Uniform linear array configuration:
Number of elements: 4
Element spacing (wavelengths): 0.5
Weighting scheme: binomial
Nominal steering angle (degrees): -45
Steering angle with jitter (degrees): -44.424
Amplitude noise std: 0.05
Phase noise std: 0.05

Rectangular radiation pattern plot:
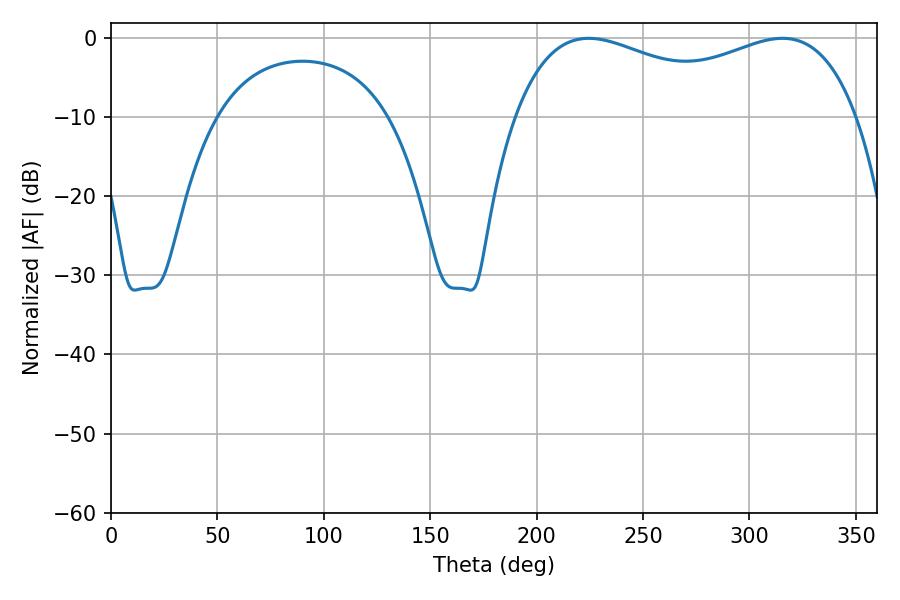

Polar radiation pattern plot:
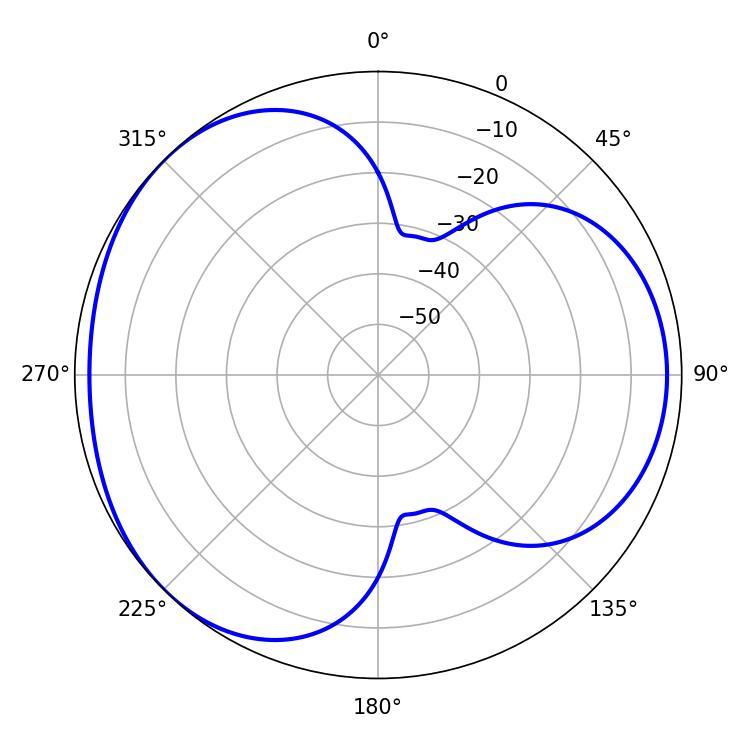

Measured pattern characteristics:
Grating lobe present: FALSE
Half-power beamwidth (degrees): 132.84
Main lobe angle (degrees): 224.46